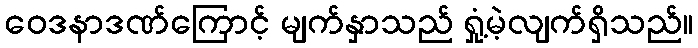
ဝေဒနာဒဏ်ကြောင့် မျက်နှာသည် ရှုံ့မဲ့လျက်ရှိသည်။